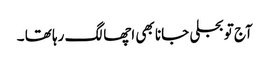
آج تو بجلی جانا بھی اچھا لگ رہا تھا ۔